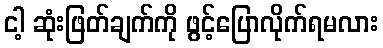
ငါ့ ဆုံးဖြတ်ချက်ကို ဖွင့်ပြောလိုက်ရမလား